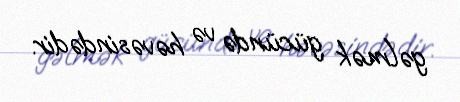
gəlmək gücündə və həvəsindədir.